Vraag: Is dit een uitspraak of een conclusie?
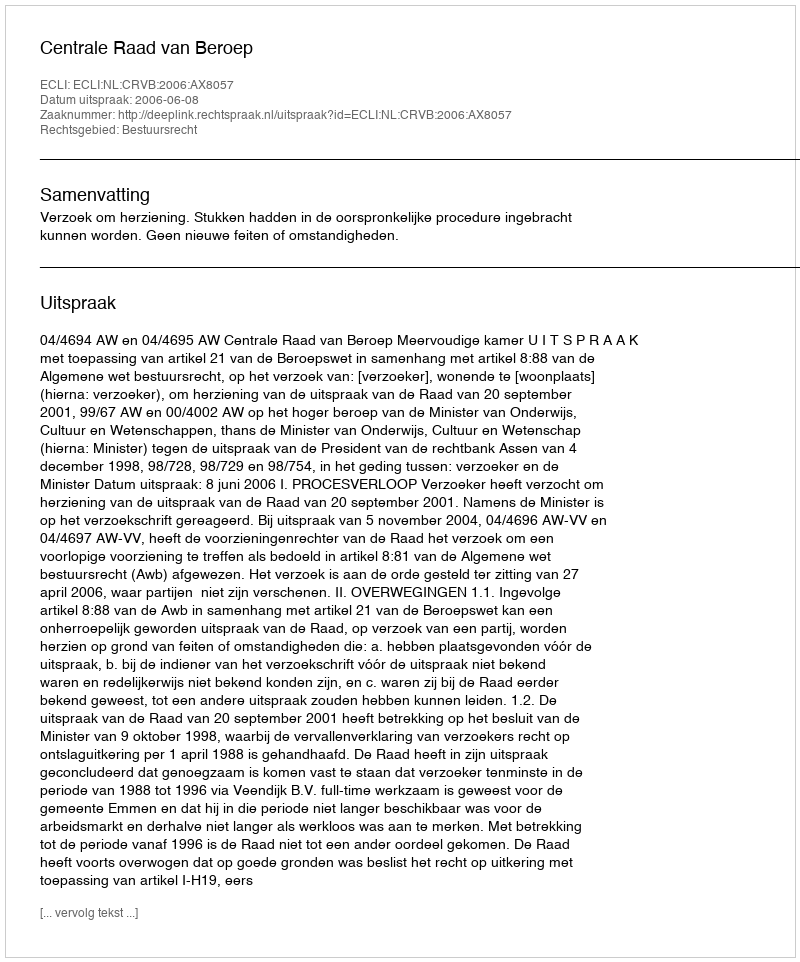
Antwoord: Uitspraak